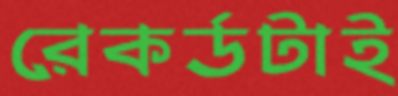
রেকর্ডটাই